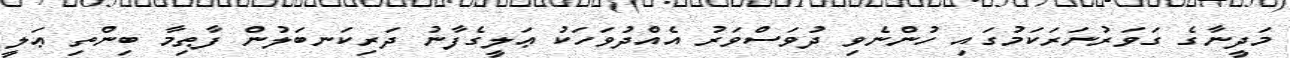
މަދީނާގެ ގަވަރުނަރަކަމުގައި ހުންނެވި ދުވަސްވަރު އެއްދުވަހަކު ޢަލީގެފާނު ދަރިކަނބަލުން ފާޠިމާ ބިންތި ޢަލީ